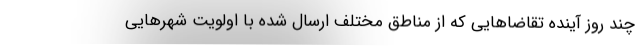
چند روز آینده تقاضاهایی که از مناطق مختلف ارسال شده با اولویت شهرهایی